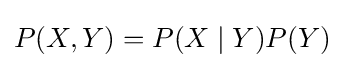
P(X,Y)=P(X\mid Y)P(Y)